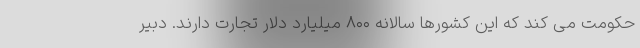
حکومت می کند که این کشورها سالانه ۸۰۰ میلیارد دلار تجارت دارند. دبیر